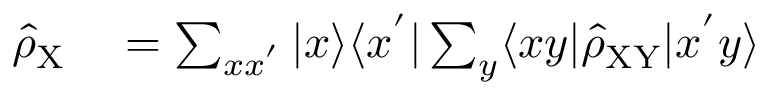
\begin{array} { r l } { \hat { \rho } _ { \mathrm { X } } } & { { } = \sum _ { x x ^ { ' } } | x \rangle \langle x ^ { ' } | \sum _ { y } \langle x y | \hat { \rho } _ { \mathrm { X Y } } | x ^ { ' } y \rangle } \end{array}